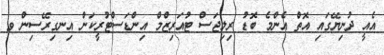
އެއީ ދުނިޔޭގައި އޮތް އެންމެ ބޮޑު ރިލިޖަސް ޓުއަރިޒްމް އިންޑަސްޓުރީކަން އިނގިރޭސިން ވ